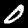
Digit: 0